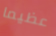
عظيما